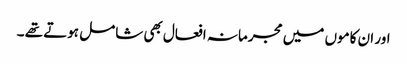
اور ان کاموں میں مجرمانہ افعال بھی شامل ہوتے تھے ۔